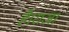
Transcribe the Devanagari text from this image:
है।राजा